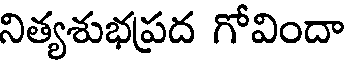
నిత్యశుభప్రద గోవిందా